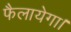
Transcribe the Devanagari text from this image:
फैलायेगा।